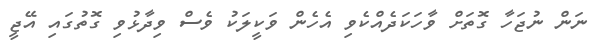
ނަން ނުޖަހާ ގޮތަށް ވާހަކަދެއްކެވި އެހެން ވަކީލަކު ވެސް ވިދާޅުވި ގޮތުގައި އޭޖީ